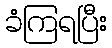
ခံကြရပြီး